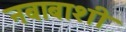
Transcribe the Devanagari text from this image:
नबाबाशी